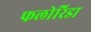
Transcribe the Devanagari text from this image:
फलोरिडा